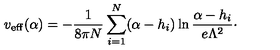
v _ { \mathrm { e f f } } ( \alpha ) = - { \frac { 1 } { 8 \pi N } } \sum _ { i = 1 } ^ { N } ( \alpha - h _ { i } ) \ln { \frac { \alpha - h _ { i } } { e \Lambda ^ { 2 } } } \cdotp